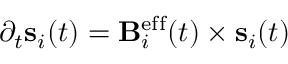
\partial _ { t } { \bf s } _ { i } ( t ) = { \bf B } _ { i } ^ { \mathrm { e f f } } ( t ) \times { \bf s } _ { i } ( t )